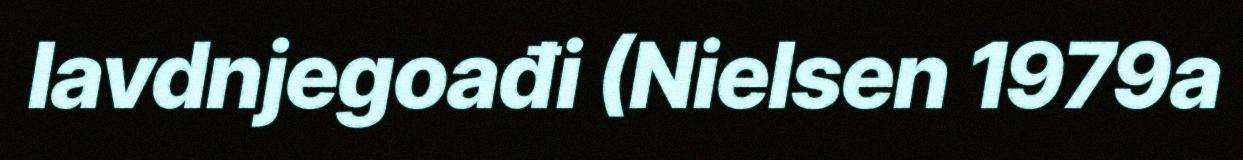
lavdnjegoađi (Nielsen 1979a